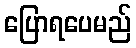
ပြောရပေမည်